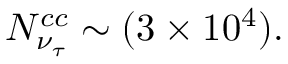
N _ { \nu _ { \tau } } ^ { c c } \sim ( 3 \times 1 0 ^ { 4 } ) .